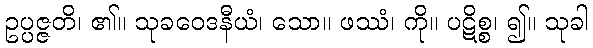
ဥပ္ပဇ္ဇတိ၊ ၏။ သုခဝေဒနီယံ၊ သော။ ဖဿံ၊ ကို။ ပဋိစ္စ၊ ၍။ သုခါ